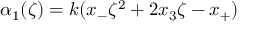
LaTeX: \alpha _ { 1 } ( \zeta ) = k ( x _ { - } \zeta ^ { 2 } + 2 x _ { 3 } \zeta - x _ { + } )